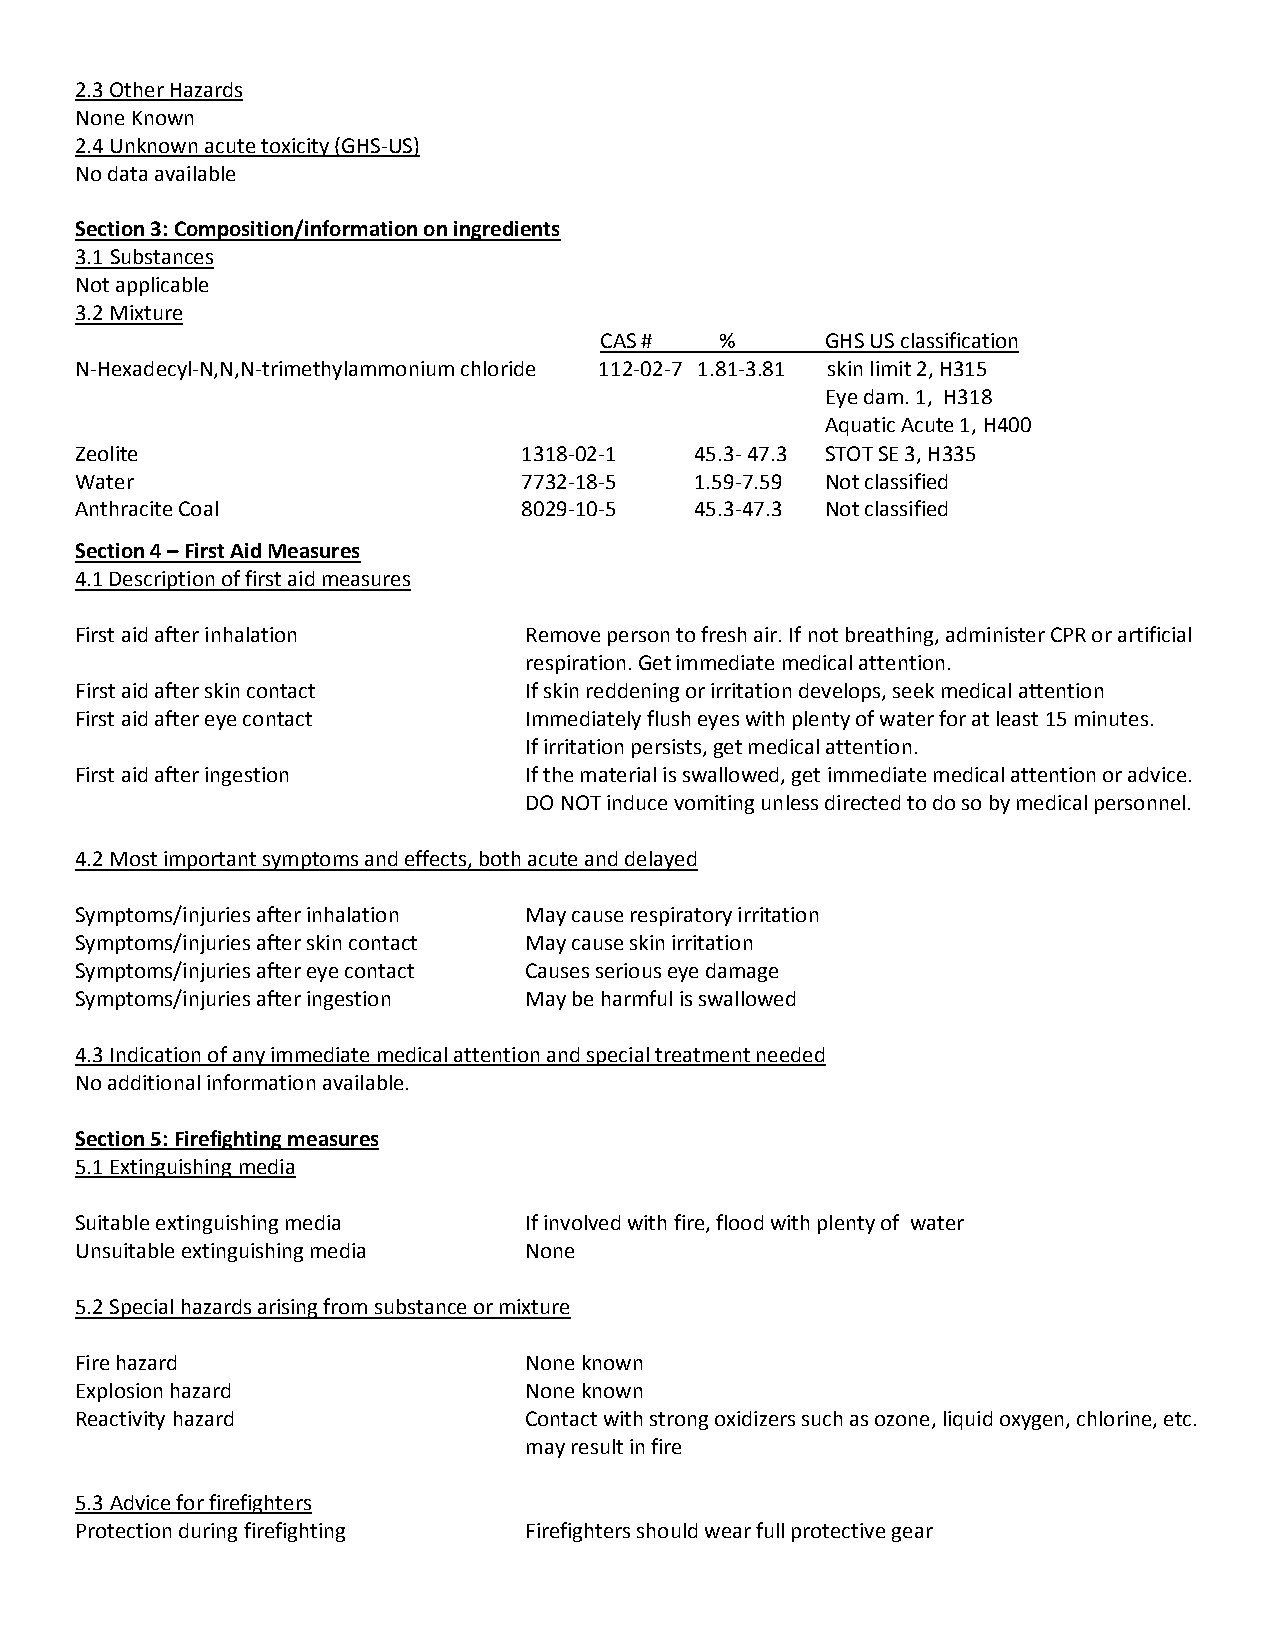
2.3 Other Hazards
 None Known
 2.4 Unknown acute toxicity (GHS-US)
 No data available
 Section 3: Composition/information on ingredients
 3.1 Substances
 Not applicable
 3.2 Mixture
 CAS #   %      GHS US classification
 N-Hexadecyl-N,N,N-trimethylammonium chloride 112-02-7 1.81-3.81 skin limit 2, H315
 Eye dam. 1, H318
 Aquatic Acute 1, H400
 Zeolite                       1318-02-1  45.3- 47.3 STOT SE 3, H335
 Water                         7732-18-5  1.59-7.59 Not classified
 Anthracite Coal               8029-10-5  45.3-47.3 Not classified
 Section 4 – First Aid Measures
 4.1 Description of first aid measures
 First aid after inhalation    Remove person to fresh air. If not breathing, administer CPR or artificial
 respiration. Get immediate medical attention.
 First aid after skin contact  If skin reddening or irritation develops, seek medical attention
 First aid after eye contact   Immediately flush eyes with plenty of water for at least 15 minutes.
 If irritation persists, get medical attention.
 First aid after ingestion     If the material is swallowed, get immediate medical attention or advice.
 DO NOT induce vomiting unless directed to do so by medical personnel.
 4.2 Most important symptoms and effects, both acute and delayed
 Symptoms/injuries after inhalation May cause respiratory irritation
 Symptoms/injuries after skin contact May cause skin irritation
 Symptoms/injuries after eye contact Causes serious eye damage
 Symptoms/injuries after ingestion May be harmful is swallowed
 4.3 Indication of any immediate medical attention and special treatment needed
 No additional information available.
 Section 5: Firefighting measures
 5.1 Extinguishing media
 Suitable extinguishing media  If involved with fire, flood with plenty of water
 Unsuitable extinguishing media None
 5.2 Special hazards arising from substance or mixture
 Fire hazard                   None known
 Explosion hazard              None known
 Reactivity hazard             Contact with strong oxidizers such as ozone, liquid oxygen, chlorine, etc.
 may result in fire
 5.3 Advice for firefighters
 Protection during firefighting Firefighters should wear full protective gear